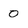
Character: 0